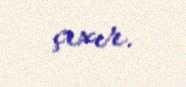
çıxır.